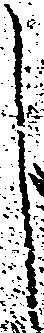
し